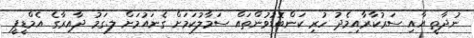
ނުދާތީ އާއި ސަރުކާރާއިމެދު ހުރި ކަންބޮޑުވުންތައް ސަމާލުކަމަށް ގެނައުމަށް ލ.ގަމު ދާއިރާގެ އެމްޑީޕީ